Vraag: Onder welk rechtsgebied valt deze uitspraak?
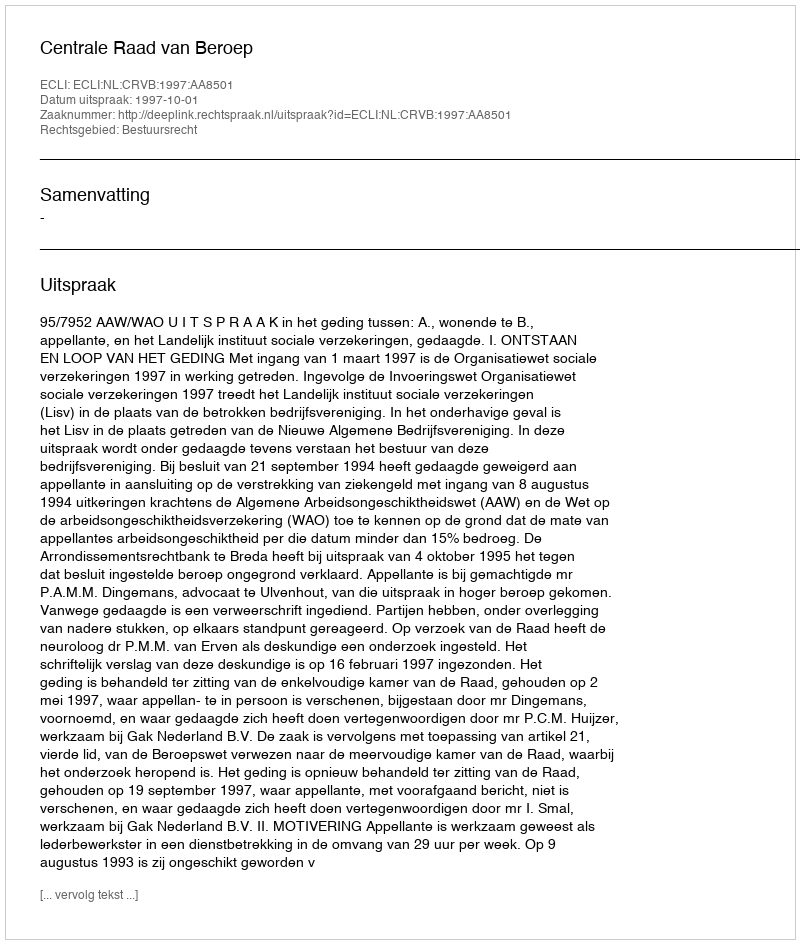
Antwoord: Bestuursrecht